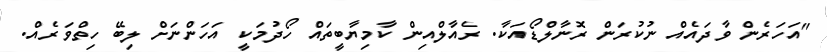
"އަހަރެން ވާދައެއް ނުކުރަން ރޮނާލްޑޯއަކާ. ރެއާލްއިން ކާމިޔާބީތައް ހޯދުމަކީ އަހަންނަށް ލިބޭ ހިތްވަރެއް.